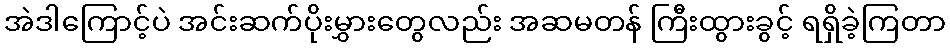
အဲဒါကြောင့်ပဲ အင်းဆက်ပိုးမွှားတွေလည်း အဆမတန် ကြီးထွားခွင့် ရရှိခဲ့ကြတာ